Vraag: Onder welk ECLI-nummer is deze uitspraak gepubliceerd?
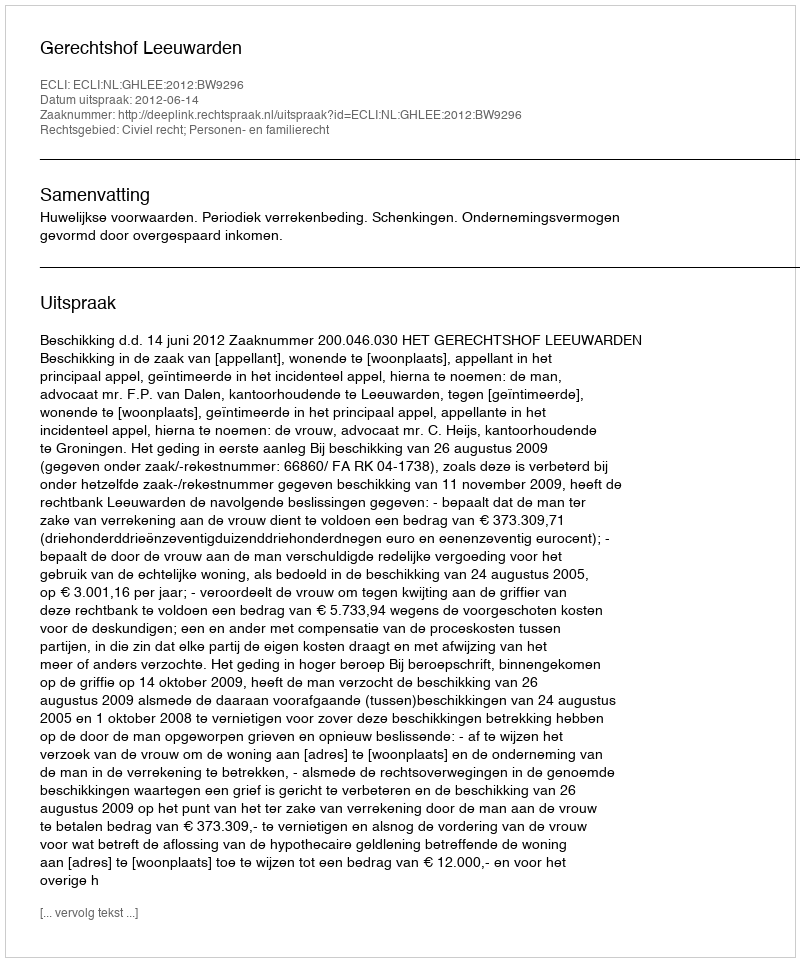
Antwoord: ECLI:NL:GHLEE:2012:BW9296